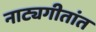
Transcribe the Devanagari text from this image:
नाट्यगीतांत